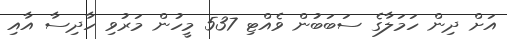
އަށް ދިން ހަމަލާގެ ސަބަބުން ވެއްޓި 537 މީހުން މަރުވި ހާދިސާ އާއި